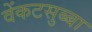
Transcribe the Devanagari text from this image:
वेंकटसुब्बा